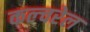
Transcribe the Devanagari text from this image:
कल्चरेल